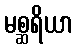
မစ္ဆရိယာ